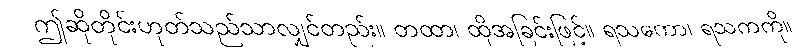
ဤဆိုတိုင်းဟုတ်သည်သာလျှင်တည်း။ တထာ၊ ထိုအခြင်းဖြင့်။ ရသကော၊ ရသကကို။